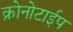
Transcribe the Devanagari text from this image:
क्रोनोटाईप